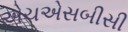
એચએસબીસી